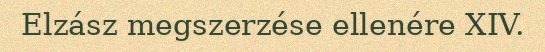
Elzász megszerzése ellenére XIV.